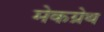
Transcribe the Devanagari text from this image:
मेकग्रेथ